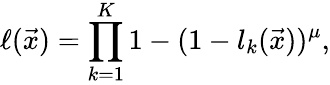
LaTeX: \ell(\vec{x})=\prod_{k=1}^{K}1-(1-l_{k}(\vec{x}))^{\mu},